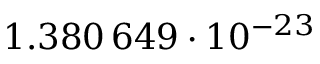
1 . 3 8 0 \, 6 4 9 \cdot 1 0 ^ { - 2 3 }